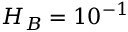
H _ { B } = 1 0 ^ { - 1 }